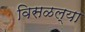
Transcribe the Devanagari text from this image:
विसळल्या